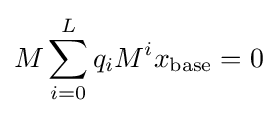
M\sum _{i=0}^{L}q_{i}M^{i}x_{\mathrm {base} }=0